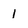
Character: 1